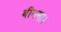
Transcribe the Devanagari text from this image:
बीनना।